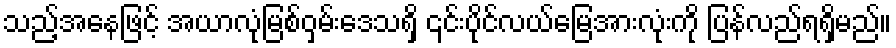
သည့်အနေဖြင့် အယာလုံမြစ်ဝှမ်းဒေသရှိ ၎င်းပိုင်လယ်မြေအားလုံးကို ပြန်လည်ရရှိမည်။